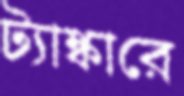
ট্যাঙ্কারে